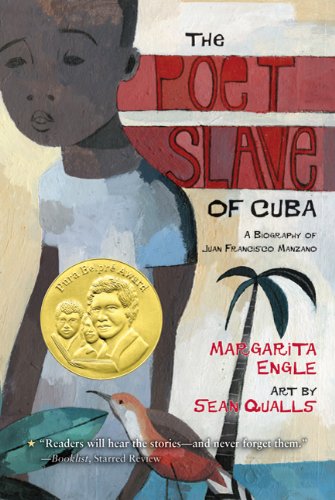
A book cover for The Poet Slave of Cuba: A Biography of Juan Francisco Manzano; Margarita Engle; Teen & Young Adult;